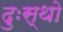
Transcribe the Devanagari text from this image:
दुःस्थो